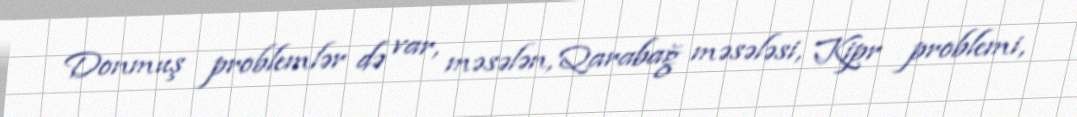
Donmuş problemlər də var, məsələn, Qarabağ məsələsi, Kipr problemi,